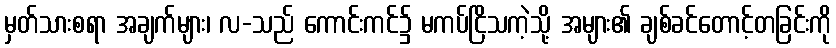
မှတ်သားစရာ အချက်များ၊ လ-သည် ကောင်းကင်၌ မကပ်ငြိသကဲ့သို့ အများ၏ ချစ်ခင်တောင့်တခြင်းကို